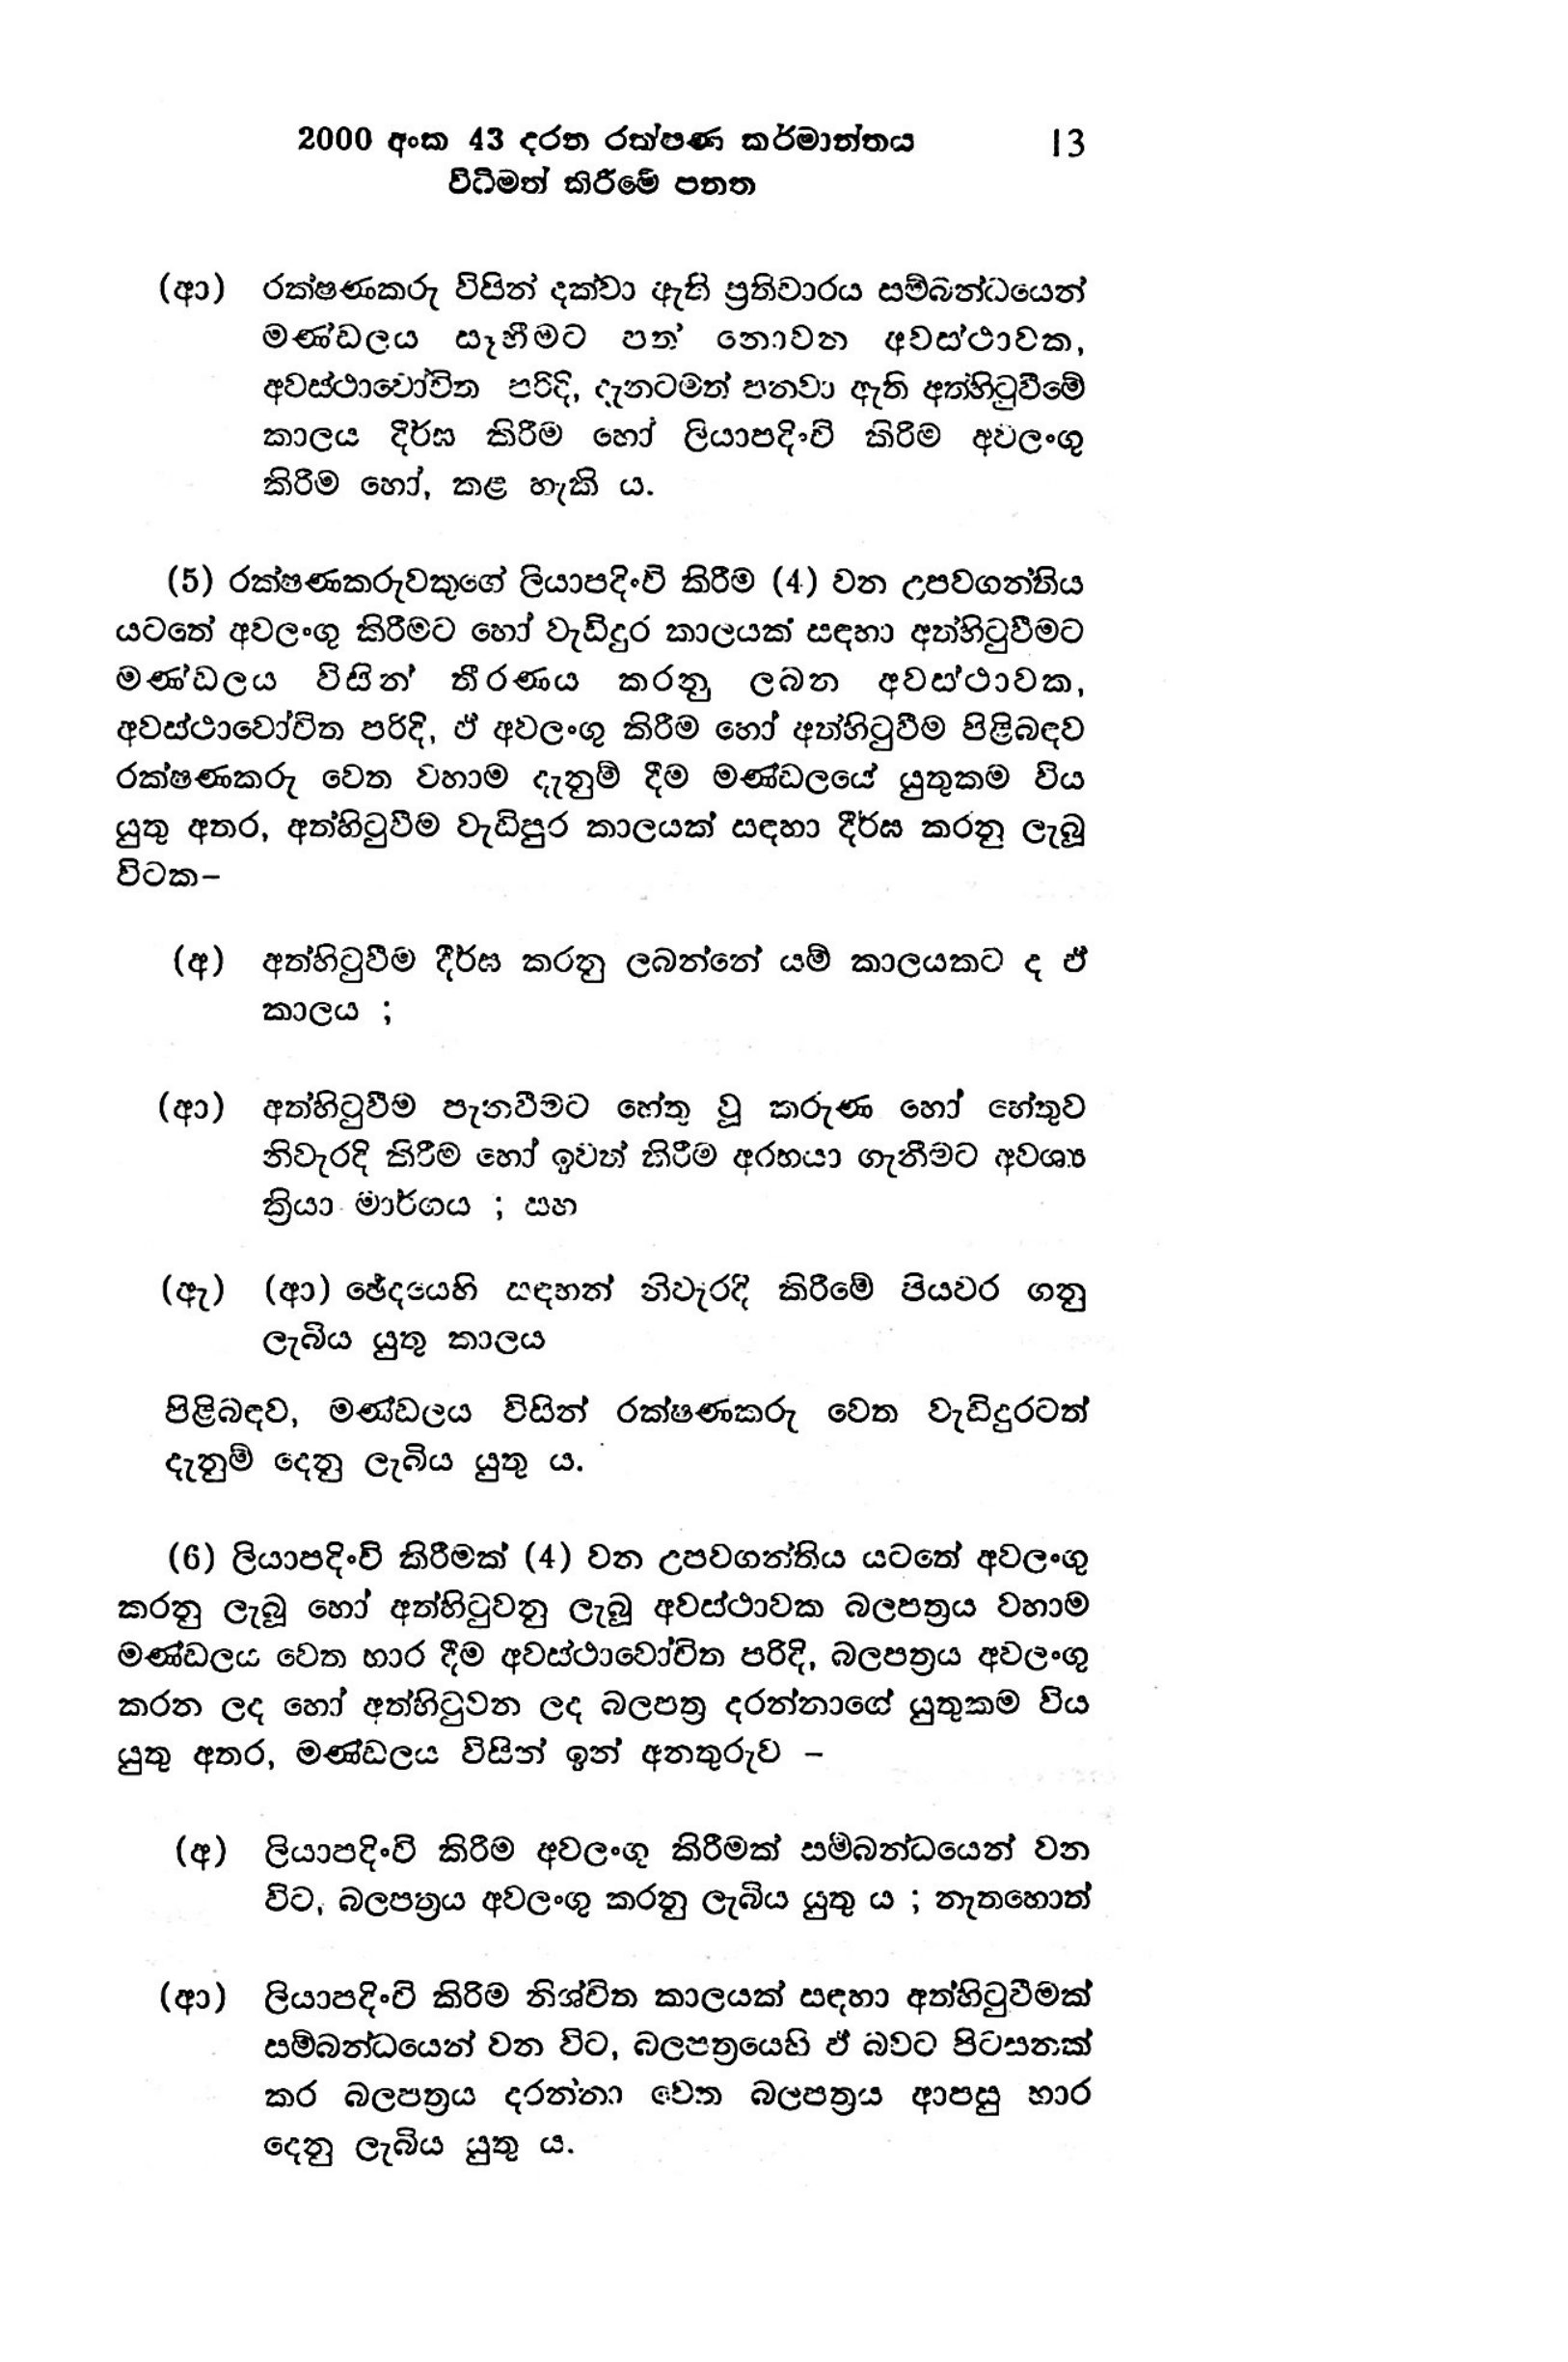
2000 අංක 43 දරන රක්ෂණ කර්මාන්තය 13
විධිමත් කිරීමේ පනත

(ආ) රක්ෂණකරු විසින් දක්වා ඇති ප්‍රතිචාරය සම්බන්ධයෙන්
මණ්ඩලය සෑහීමට පත් නොවන අවස්ථාවක,
අවස්ථාවෝචිත පරිදි, දැනටමත් පනවා ඇති අත්හිටුවීමේ
කාලය දීර්ඝ කිරීම හෝ ලියාපදිංචි කිරීම අවලංගු
කිරීම හෝ, කළ හැකි ය.

(5) රක්ෂණකරුවකුගේ ලියාපදිංචි කිරීම (4) වන උපවගන්තිය
යටතේ අවලංගු කිරීමට හෝ වැඩිදුර කාලයක් සඳහා අත්හිටු වීමට
මණ්ඩලය විසින් තීරණය කරනු ලබන අවස්ථාවක,
අවස්ථාවෝචිත පරිදි, ඵ් අවලංගු කිරීම හෝ අත්හිටුවීම පිළිබඳව
රක්ෂණකරු වෙත වහාම දැනුම් දීම මණ්ඩලයේ යුතුකම විය
යුතු අතර, අත්හිටුවීම වැඩිපුර කාලයක් සඳහා දීර්ඝ කරනු ලැබූ
විටක-

(අ) අත්හිටුවීම දීර්ඝ කරනු ලබන්නේ යම් කාලයකට ද ඒ
කාලය ;

(ආ) අත්හිටුවීම පැනවීමට හේතු වූ කරුණ හෝ හේතුව
නිවැරදි කිරීම හෝ ඉවත් කිරීම අරභයා ගැනීමට අවශ්‍ය
ක්‍රියා මාර්ගය ; සහ

(ඇ) (ආ) ඡේදයෙහි සඳහන් නිවැරදි කිරීමේ පියවර ගනු
ලැබිය යුතු කාලය

පිළිබඳව, මණ්ඩලය විසින් රක්ෂණකරු වෙත වැඩිදුරටත්
දැනුම් දෙනු ලැබිය යුතු ය.

(6) ලියාපදිංචි කිරීමක් (4) වන උපවගන්තිය යටතේ අවලංගු
කරනු ලැබූ හෝ අත්හිටුවනු ලැබූ අවස්ථාවක බලපත්‍රය වහාම
මණ්ඩලය වෙත භාර දීම අවස්ථාවෝචිත පරිදි, බලපත්‍රය අවලංගු
කරන ලද හෝ අත්හිටුවන ලද බලපත්‍ර දරන්නාගේ යුතුකම විය
යුතු අතර, මණ්ඩලය විසින් ඉන් අනතුරුව -

(අ) ලියාපදිංචි කිරීම අවලංගු කිරීමක් සම්බන්ධයෙන් වන
විට, බලපත්‍රය අවලංගු කරනු ලැබිය යුතු ය ; නැතහොත්

(ආ) ලියාපදිංචි කිරීම නිශ්චිත කාලයක් සඳහා අත්හිටුවීමක්
සම්බන්ධයෙන් වන විට, බලපත්‍රයෙහි ඵ් බවට පිටසනක්
කර බලපත්‍රය දරන්නා වෙත බලපත්‍රය ආපසු භාර
දෙනු ලැබිය යුතු ය.